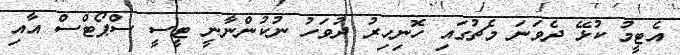
އެޓީމު ކުޅޭ ދެވަނަ މެޗުގައި ހޮނިހިރު ދުވަހު ނުކުންނާނީ ޓީސީ ސްޕޯޓްސް އާއި